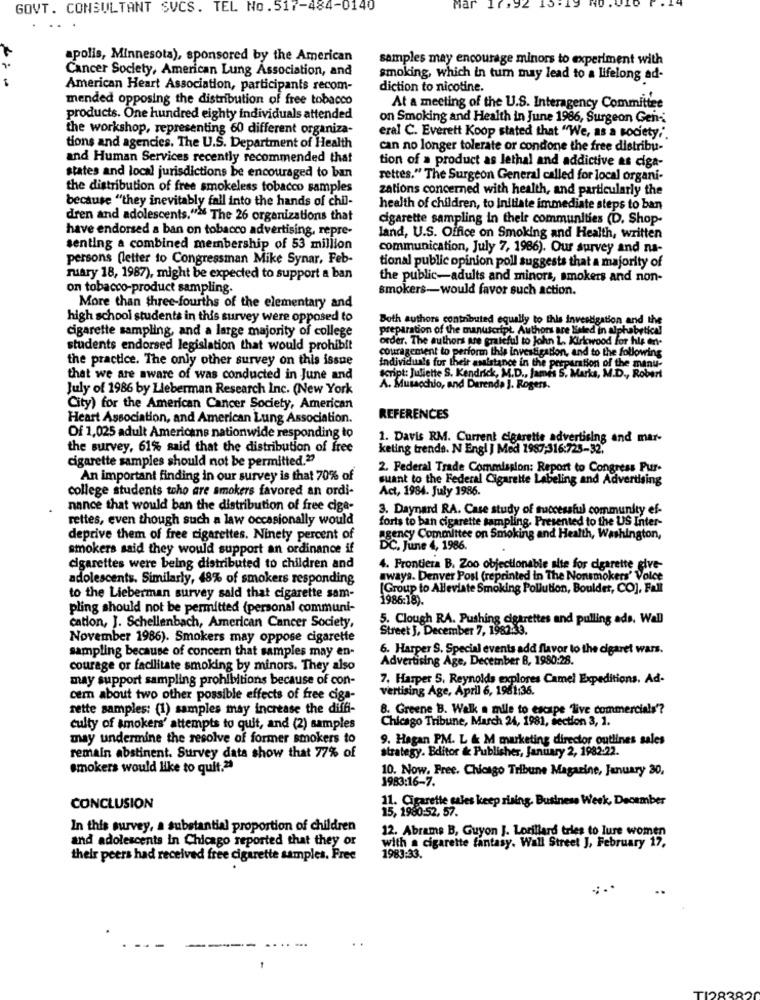
GOVT. CONSULTANT SVCS. TEL No . 517-484-0140
Mar 17
92
apolis, Minnesota), sponsored by the American
samples may encourage minors to experiment with
Cancer Society, American Lung Association, and
smoking, which in tum may lead to a lifelong ad-
American Heart Association, participants recom-
diction to nicotine.
mended opposing the distribution of free tobacco
At a meeting of the U.S. Interagency Committee
products. One hundred eighty individuals attended
on Smoking and Health in June 1986, Surgeon Gen:
the workshop, representing 60 different organiza-
eral C. Everett Koop stated that "We, as a society.".
tions and agencies. The U.S. Department of Health
can no longer tolerate or condone the free distribu-
and Human Services recently recommended that
tion of > product as lethal and addictive as diga-
states and local jurisdictions be encouraged to ban
rettes." The Surgeon General called for local organi-
the distribution of free smokeless tobacco samples
zations concerned with health, and particularly the
because "they inevitably fall into the hands of chil-
health of children, to initiate immediate steps to ban
dren and adolescents."" The 26 organizations that
cigarette sampling in their communities (D. Shop-
have endorsed a ban on tobacco advertising, repre-
land, U.S. Office on Smoking and Health, written
senting a combined membership of 53 million
communication, July 7, 1986). Our survey and na-
persons (letter to Congressman Mike Synar, Feb-
tional public opinion poll suggests that a majority of
ruary 18, 1987), might be expected to support a ban
the public-adults and minors, smokers and non-
on tobacco-product sampling.
smokers-would favor such action.
More than three-fourths of the elementary and
high school students in this survey were opposed to
Both authors contributed equally to this investigation and the
preparation of the manuscript Authors are listed in alphabetical
cigarette sampling, and a large majority of college
order. The authors are grateful to john L. Kirkwood for his er-
students endorsed legislation that would prohibit
couragement to perform this investigation, and to the following
the practice. The only other survey on this issue
Individuals for their assistance in the preparation of the manu-
that we are aware of was conducted in June and
script: Juliette S. Kendrick, M.D ., James S. Markus, M.D ., Robert
July of 1986 by Lieberman Research Inc. (New York
A. Musacchio, and Derenda J. Rogers.
City) for the American Cancer Society, American
Heart Association, and American Lung Association.
REFERENCES
Of 1,025 adult Americans nationwide responding to
1. Davis RM. Current cigarette advertising and mar-
the survey, 61% said that the distribution of free
keting trends. N Engl J Med 1987:316:725-32.
cigarette samples should not be permitted.2
2. Federal Trade Commission: Report to Congress Pur-
An important finding in our survey is that 70% of
suant to the Federal Cigarette Labeling and Advertising
college students toho are smokers favored an ordi-
Act, 1984. July 1986.
nance that would ban the distribution of free cige-
3. Daynard RA. Case study of successful community ef-
rettes, even though such a law occasionally would
forts to ban cigarette sampling. Presented to the US Inter-
deprive them of free cigarettes. Ninety percent of
agency Committee on Smoking and Health, Washington,
smokers said they would support an ordinance if
DC. June 4, 1986.
cigarettes were being distributed to children and
4. Frontiera B. Zoo objectionable site for cigarette give-
adolescents. Similarly, 48% of smokers responding
ways. Denver Post (reprinted in The Nonsmokers' Volce
[Group to Alleviate Smoking Pollution, Boulder, CO], Fall
to the Lieberman survey sald that cigarette sam-
1986:18).
pling should not be permitted (personal communi-
5. Clough RA. Pushing cigarettes and pulling ads. Wall
cation, J. Schellenbach, American Cancer Society,
Street J, December 7, 1982-3.
November 1986). Smokers may oppose cigarette
6. Harper S. Special events add flavor to the cigaret wars.
sampling because of concern that samples may en-
Advertising Age, December 8, 1980:28.
courage or facilitate smoking by minors. They also
may support sampling prohibitions because of con-
7. Harper S. Reynolds explores Camel Expeditions. Ad-
vertising Age, April 6, 1981:36.
cem about two other possible effects of free ciga-
rette samples: (1) samples may increase the diffi-
8. Greene B. Walk a mile to escape "live commercials'?
Chicago Tribune, March 24, 1981, section 3, 1.
culty of smokers' attempts to quit, and (2) samples
may undermine the resolve of former smokers to
9. Hagan PM. L & M marketing director outlines sales
strategy. Editor & Publisher, January 2, 1982-22.
remain abstinent. Survey data show that 77% of
smokers would like to quit.29
10. Now. Free. Chicago Tribune Magazine, January 30,
1983:16-7.
11. Cigarette sales keep rising. Business Week, December
CONCLUSION
15, 1980:52, 57.
In this survey, a substantial proportion of children
12. Abrams B, Guyon J. Lorillard tries to lure women
and adolescents in Chicago reported that they or
with a cigarette fantasy. Wall Street J, February 17,
their peers had received free cigarette samples. Free
1983:33.